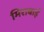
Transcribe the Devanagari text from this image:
मिराबाई